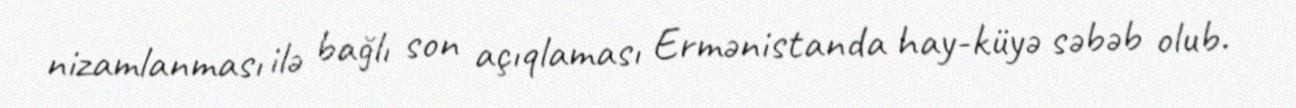
nizamlanması ilə bağlı son açıqlaması Ermənistanda hay-küyə səbəb olub.